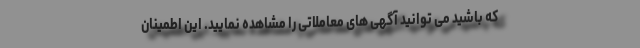
که باشید می توانید آگهی های معاملاتی را مشاهده نمایید. این اطمینان